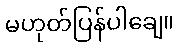
မဟုတ်ပြန်ပါချေ။